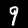
Label: 9